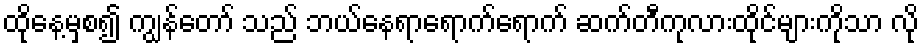
ထိုနေ့မှစ၍ ကျွန်တော် သည် ဘယ်နေရာရောက်ရောက် ဆက်တီကုလားထိုင်များကိုသာ လို